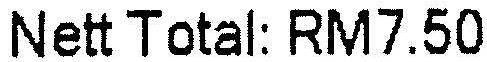
NETT TOTAL: RM7.50